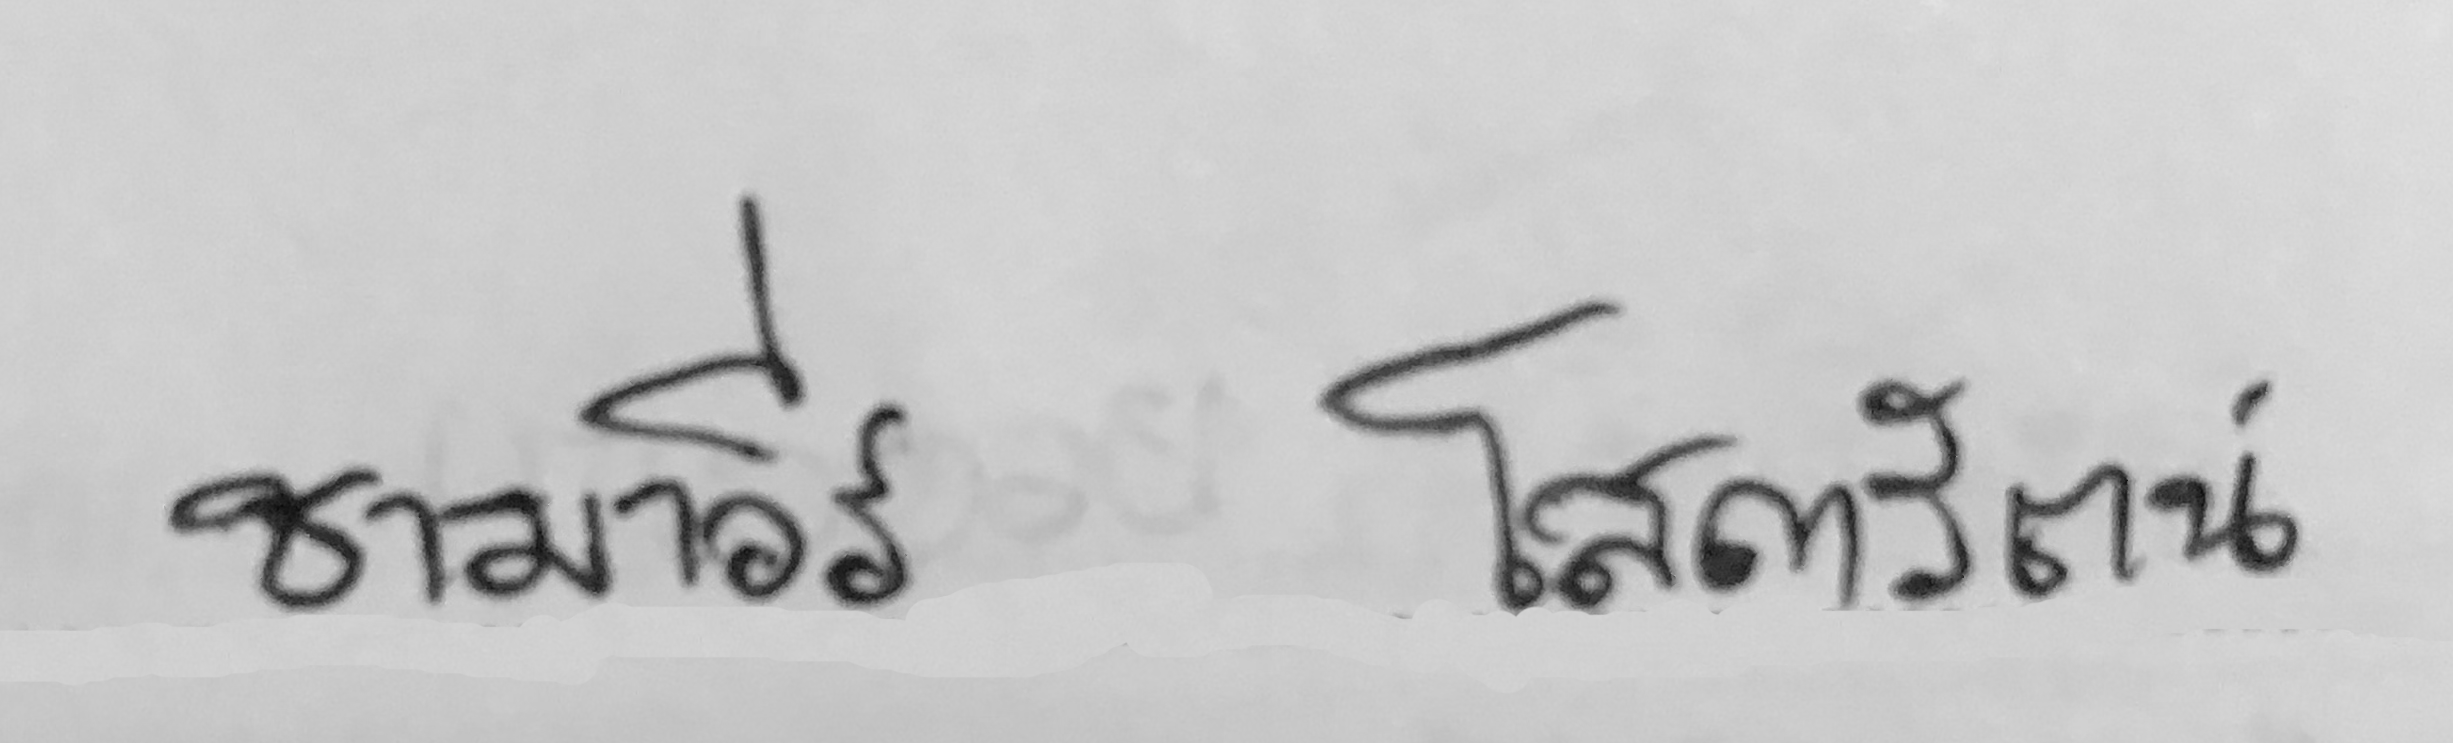
ชามาวีร์ โสดารัตน์